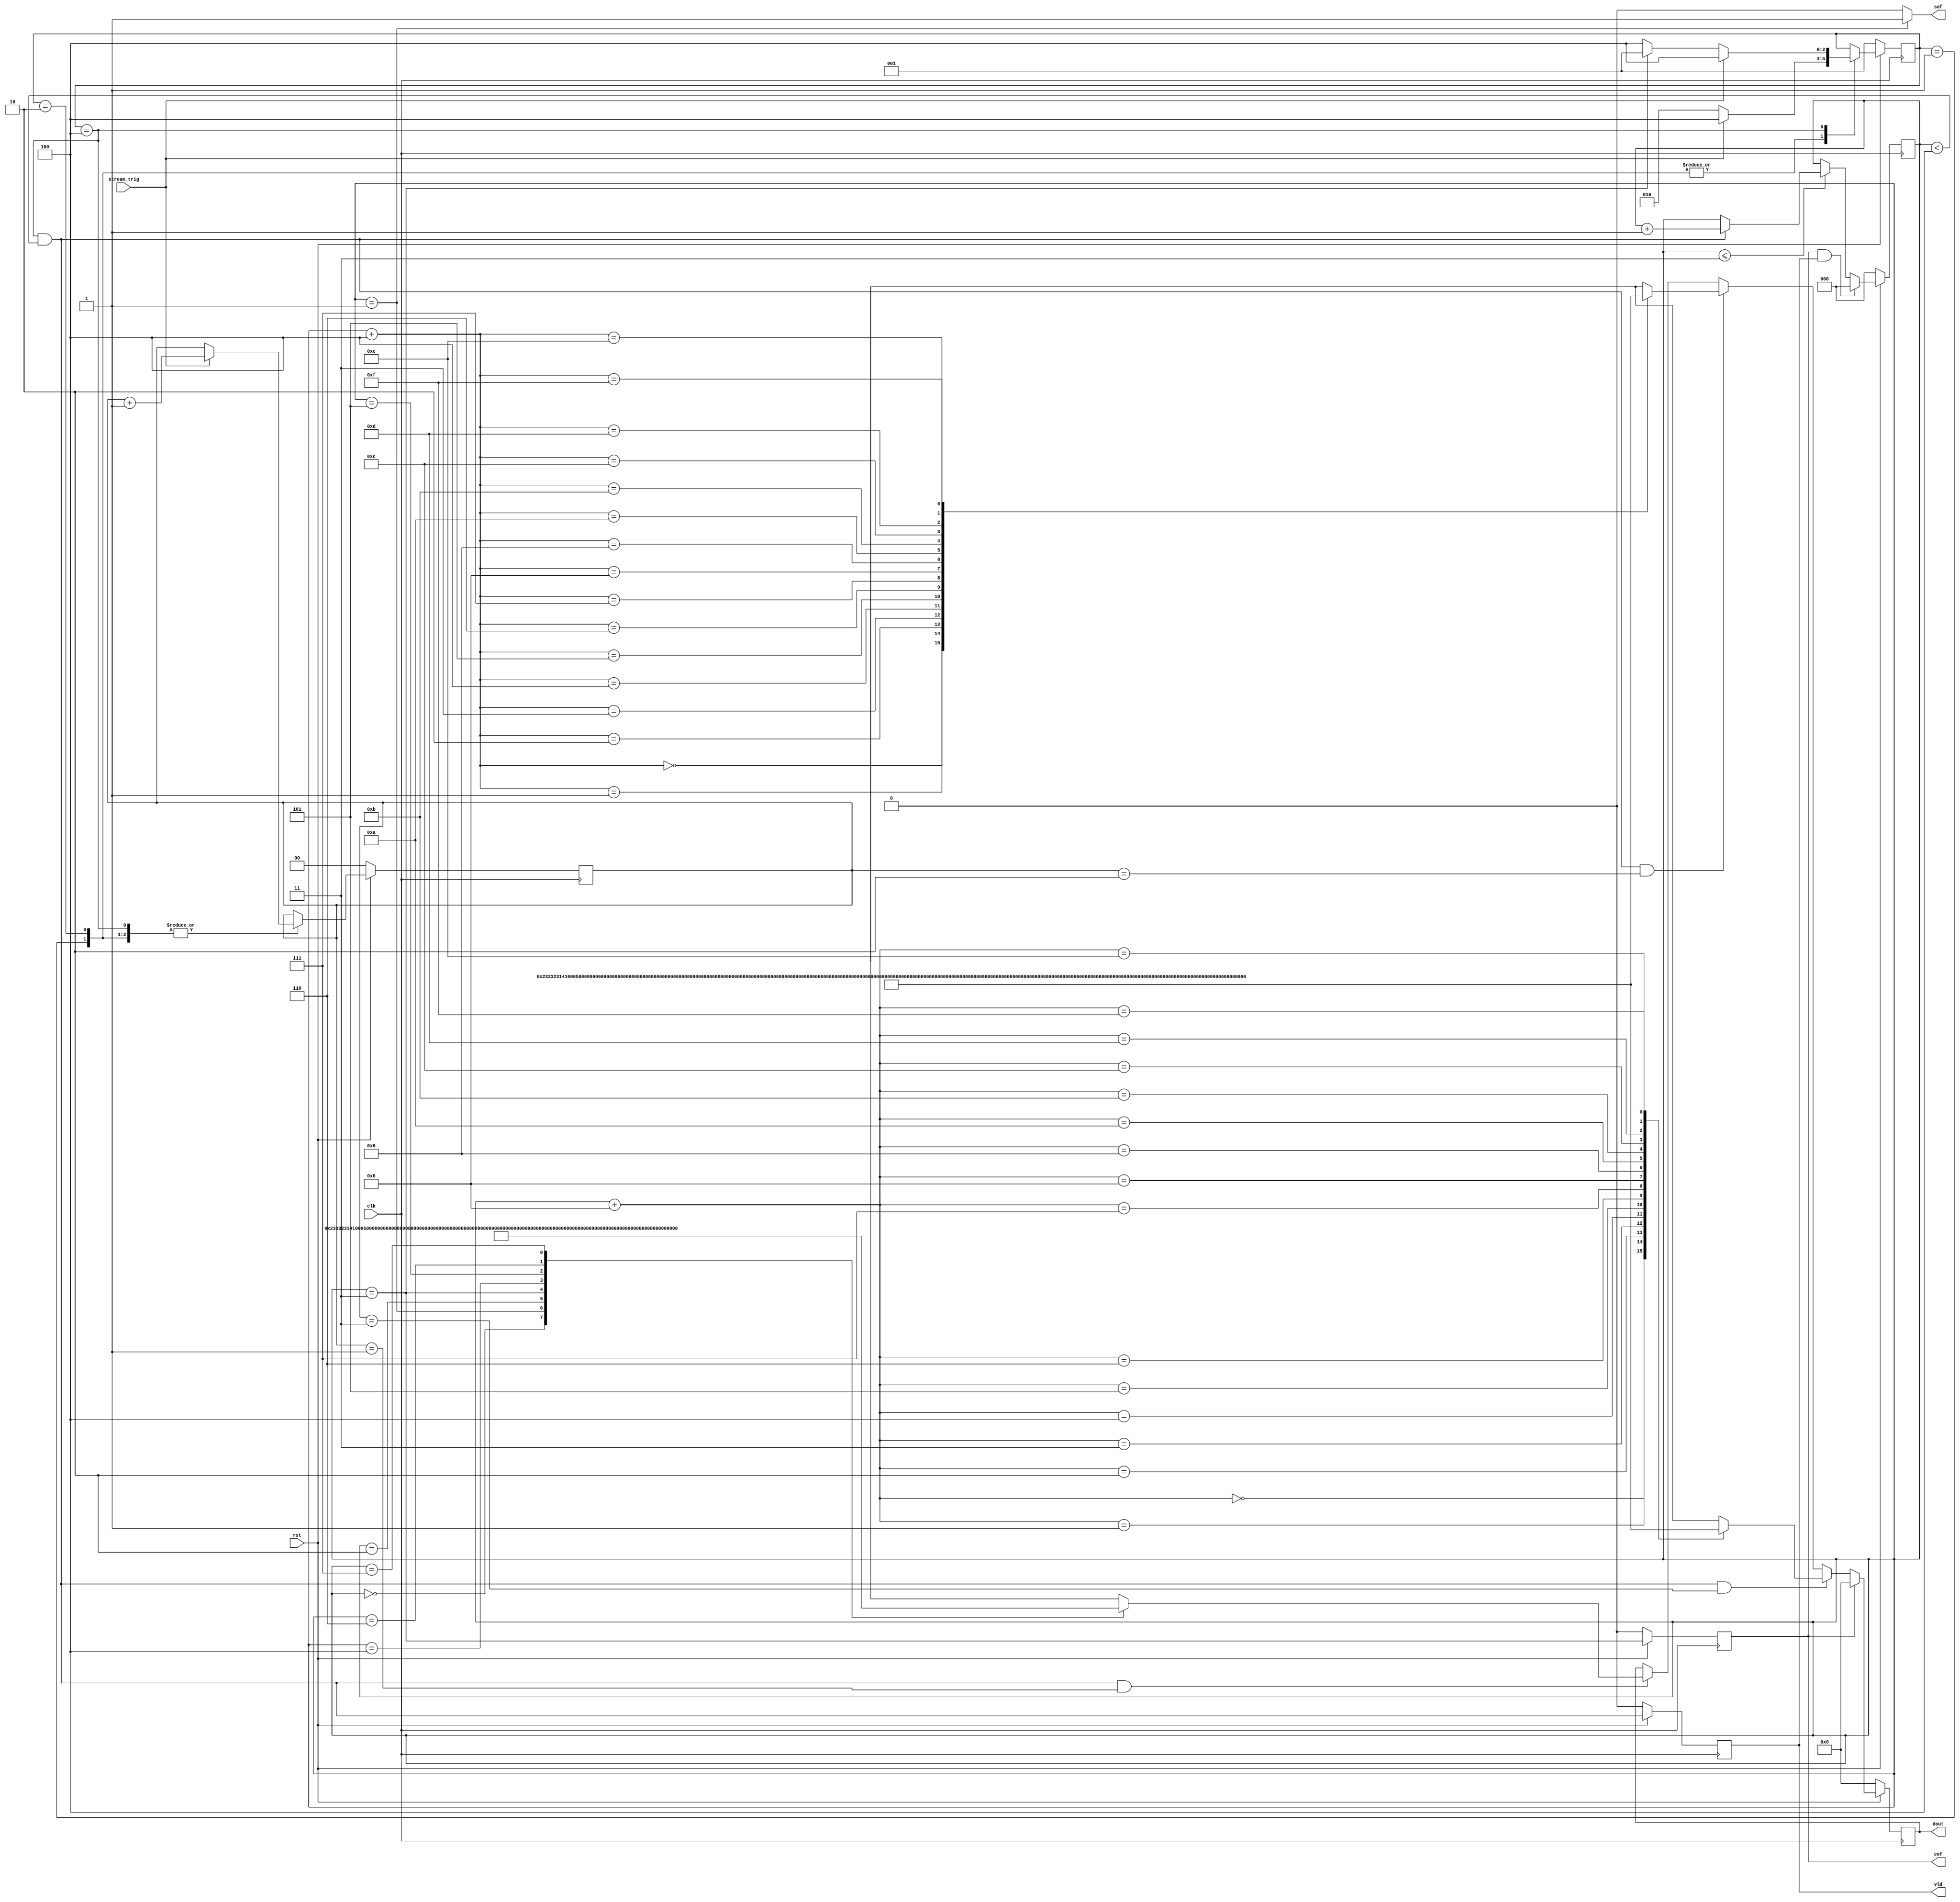
`timescale 1 ns / 1 ps

// valid DATA_WIDTH  values are 64 and 32
// valid SIZE_WIDTH values are  3 and  2, respectively
module axi_stream_mst #	(
    parameter integer            DATA_WIDTH = 64)(                               
    // ctrl
    input  wire                  clk,
    input  wire                  rst, // active lo
    input  wire                  stream_trig,
    // axi stream i/f            
    output wire                  vld,
    output wire                  sof,
    output wire                  eof,
    output wire [DATA_WIDTH-1:0] dout
);

	////////////////////////////////////////////////////////////////////////////////////

    function integer num_bits (input integer int);                                   
        begin                                                                              
            for (num_bits=0; int>0; num_bits=num_bits+1) begin                                     
                int = int >> 1; // e.g. int = d8 = 4'b1000, right-shift until 0  
            end                                                  
        end                                                                                
    endfunction                                                                             

    // FIFO
	localparam                   FIFO_DEPTH = 4; // int num of axi stream transfers                                              
    localparam                   FIFO_DBITS = num_bits(FIFO_DEPTH); // num bits to reach fifo depth                                
	wire [DATA_WIDTH-1:0]        streamdata [16-1 : 0]; // 2D array
	reg  [DATA_WIDTH-1:0] 	     fifo_rdata; // fifo data stream out
	wire  	                     fifo_rdena; // fifo read enable

	// AXI STREAM
    wire  	                     axis_vld;     // valid gate
	reg  	                     axis_vld_1ff; // 1st clk dly; out wire alignment
	reg  	                     axis_vld_2ff; // 2nd clk dly
	reg  	                     axis_vld_3ff; // 3rd; ack counter pulldown
	wire  	                     axis_sof;     // sof stream word
	reg  	                     axis_sof_1ff; // 1st clk dly; out wire alignment
	reg  	                     axis_sof_2ff; // 2nd clk dly
	wire  	                     axis_eof;     // eof stream word
	reg  	                     axis_eof_1ff; // 1st clk dly; out wire alignment
	reg  	                     axis_eof_2ff; // 2nd clk dly
	reg  	                     axis_eof_3ff; // 3rd; ack counter pulldown
	reg  [FIFO_DBITS-1:0]        axis_wrcnt;     // fifo read count index
	reg  [FIFO_DBITS-1:0]        axis_wrcnt_1ff; // 1 clk dly
	reg  [FIFO_DBITS-1:0]        axis_wrcnt_2ff; // 2 clk dly
    
	// stream trigger
	reg [1:0] 					 trig_count;
    
    // FSM states
	reg        [2:0] fsm_cs;   
    localparam [2:0] IDLE = 3'b001;
	localparam [2:0] WAIT = 3'b010;
	localparam [2:0] SEND = 3'b100;    

	////////////////////////////////////////////////////////////////////////////////////	

    always @ (posedge clk) begin : CTRL_FSM                                                                    
        if (!rst) begin                                                                  
            fsm_cs <= IDLE;
			trig_count <= 2'b0;
        end else begin                                                                   
            case (fsm_cs)                                                 
                IDLE : begin                                                                                                         
                    if ( stream_trig == 1'b1 ) begin                                                           
                        fsm_cs  <= SEND;
						trig_count <= trig_count + 1;
					end else begin
						fsm_cs  <= WAIT;
					end
				end
				
                WAIT : begin
                    if ( stream_trig == 1'b1 ) begin                                                           
                        fsm_cs  <= SEND;
						trig_count <= trig_count + 1;						
                    end else begin                                                           
                        fsm_cs  <= WAIT;                              
                    end   
                end    
				
                SEND :                                                                                  					
                    if ( stream_trig ) begin                                                           
                        fsm_cs     <= SEND;
						trig_count <= trig_count + 1;						
                    end else if (axis_eof) begin                                                           
                        fsm_cs <= IDLE;                                       
                    end else begin                                                           
                        fsm_cs <= SEND; // read FIFO until transfer done                                
                    end  					
					
            endcase  
        end
    end           
    
    always @ (posedge clk) begin : FIFO_READ                                            
        if(!rst) begin                                        
            fifo_rdata <= {(DATA_WIDTH){1'b0}};                      
        end else begin
		
            if (fifo_rdena && trig_count == 2'b01) begin                                       
                fifo_rdata <= streamdata[axis_wrcnt];   
            end

            if (fifo_rdena && trig_count == 2'b10) begin                                     
                fifo_rdata <= streamdata[axis_wrcnt+FIFO_DEPTH*1];   
            end	

            if (fifo_rdena && trig_count == 2'b11) begin                                     
                fifo_rdata <= streamdata[axis_wrcnt+FIFO_DEPTH*2];   
            end			
			
            if (axis_eof_1ff) begin : PULLDOWN                                        
                fifo_rdata <= {(DATA_WIDTH){1'b0}};   
            end
        end
    end 
    
    always @ (posedge clk) begin : INDEXER                                                                            
        if(!rst) begin                                                                        
            axis_wrcnt   <= {(FIFO_DBITS){1'b0}};
        end else begin
        
			if (axis_wrcnt <= FIFO_DEPTH-1) begin : WRCNT_AND_SIZE                                                                   
                if (fifo_rdena) begin : STREAM_COUNT  
                    axis_wrcnt <= axis_wrcnt + 1;  
                end 
            end
            
            if (axis_eof_1ff && axis_vld_1ff) begin : WRCNT_RST
                axis_wrcnt <= {(FIFO_DBITS){1'b0}};
            end
            
        end
    end // done after FIFO_DEPTH # of stream transfers                                                                                                                           

    always @ (posedge clk) begin : DELAY_PROC                                                                                         
        if (!rst) begin                                                                                      
            axis_vld_1ff <= 1'b0;                                                               
            axis_vld_2ff <= 1'b0;                                                               
            axis_vld_3ff <= 1'b0;                                                               
            axis_sof_1ff <= 1'b0;
            axis_sof_2ff <= 1'b0;
            axis_eof_1ff <= 1'b0;                                                                
            axis_eof_2ff <= 1'b0;
            axis_eof_3ff <= 1'b0;
            axis_wrcnt_1ff <= {(FIFO_DBITS){1'b0}};           
            axis_wrcnt_2ff <= {(FIFO_DBITS){1'b0}};           
        end else begin                                                                                      
            axis_vld_1ff   <= axis_vld;     // 1st clk dly; align for output wires
            axis_sof_1ff   <= axis_sof;     // 1st clk dly; align for output wires
            axis_eof_1ff   <= axis_eof;     // 1st clk dly; align for output wires 
            axis_wrcnt_1ff <= axis_wrcnt;
            axis_vld_2ff   <= axis_vld_1ff; // 2nd clk dly; align for counters
            axis_sof_2ff   <= axis_sof_1ff; // 2nd clk dly; align for counters
            axis_eof_2ff   <= axis_eof_1ff; // 2nd clk dly; align for counters                                                        
            axis_wrcnt_2ff <= axis_wrcnt_1ff;
            axis_vld_3ff   <= axis_vld_2ff;
            axis_eof_3ff   <= axis_eof_2ff;
        end                                                                                        
    end // 1FF dly to align ctrl signals with dout                                                                                            

	assign fifo_rdena = axis_vld; // only read if slave rdy, don't inhibit vld     
    assign axis_vld   = ( ( fsm_cs == SEND ) && ( axis_wrcnt < FIFO_DEPTH ) ); 	    
    assign axis_sof   = ( ( fsm_cs == SEND ) && ( axis_wrcnt <=  1) ); 	    
    assign axis_eof   = ( axis_wrcnt == FIFO_DEPTH-1 ); 
	assign dout	      = fifo_rdata;   // stream to parallel bus
	assign vld        = axis_vld_1ff; // see DELAY_PROC	    
//	assign sof	      = axis_sof_1ff; // see DELAY_PROC
	assign sof	      = (axis_wrcnt == 1) ? 1'b1 :
											1'b0 ;
	assign eof	      = axis_eof_1ff; // see DELAY_PROC

    // axi 64 - streamdata - reg based
    // number of bus writes is determined by FIFO_DEPTH
	
	// STREAM 1
    assign streamdata[0]  = 64'h0002_3332_3141_0004;
    assign streamdata[1]  = 64'hFFFF_FF35_000F_0040;
    assign streamdata[2]  = 64'hFFFF_FFFF_FFFF_0002;
    assign streamdata[3]  = 64'h3035_4100_04FF_FFFF;
	// STREAM 2
    assign streamdata[4]  = 64'h0000_0000_0000_0033;
    assign streamdata[5]  = 64'hDABB_DABB_DA43_FFAB;
    assign streamdata[6]  = 64'h999A_999A_999A_9213;
    assign streamdata[7]  = 64'hA1C1_D191_A1C1_0101;
	// STREAM 3
    assign streamdata[8]  = 64'hBAD4_BADF_BAD4_29FA;
    assign streamdata[9]  = 64'h1234_5678_1234_5678;
	assign streamdata[10] = 64'h9ABC_DEF0_9A42_000F;
	assign streamdata[11] = 64'hADAD_ADAD_ADAD_ADAD;
	// STREAM 4
	assign streamdata[12] = 64'h4100_02FF_4100_02FE;
	assign streamdata[13] = 64'hDABB_DABB_4900_059A;
	assign streamdata[14] = 64'h0007_AB4A_0843_0004;
	assign streamdata[15] = 64'hFFC1_D191_A1C1_D142;
    
	
endmodule